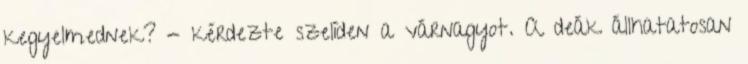
kegyelmednek? - kérdezte szelíden a várnagyot. A deák állhatatosan